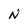
Character: N